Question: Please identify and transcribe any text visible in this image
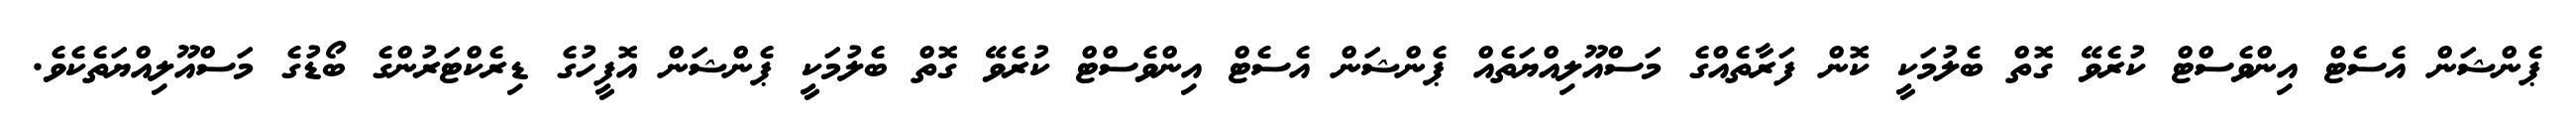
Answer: ޕެންޝަން އެސެޓް އިންވެސްޓް ކުރެވޭ ގޮތް ބެލުމަކީ ކޮން ފަރާތެއްގެ މަސްއޫލިއްޔަތެއް ޕެންޝަން އެސެޓް އިންވެސްޓް ކުރެވޭ ގޮތް ބެލުމަކީ ޕެންޝަން އޮފީހުގެ ޑިރެކްޓަރުންގެ ބޯޑުގެ މަސްއޫލިއްޔަތެކެވެ.